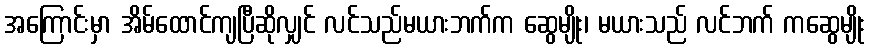
အကြောင်းမှာ အိမ်ထောင်ကျပြီဆိုလျှင် လင်သည်မယားဘက်က ဆွေမျိုး၊ မယားသည် လင်ဘက် ကဆွေမျိုး